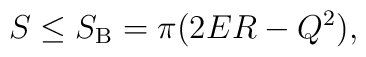
S \le S_{\rm B}=\pi (2ER -Q^2),